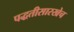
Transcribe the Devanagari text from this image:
पद्धतीसारखेच